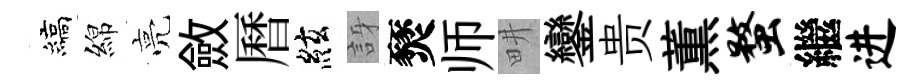
縞綿亮斂曆絃訝燹师畊鑾贵薫蝥繼进